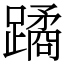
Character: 蹫